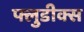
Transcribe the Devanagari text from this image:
फ्लुडीक्स